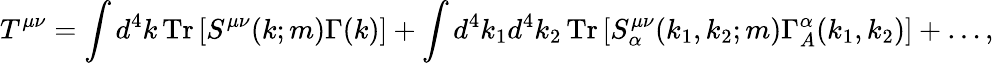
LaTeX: T^{\mu\nu}=\int d^{4}k\, {\mathrm{Tr}}\left[S^{\mu\nu}(k;m)\Gamma(k)\right]+\int d^{4}k_{1}d^{4}k_{2}\, {\mathrm{Tr}}\left[S_{\alpha}^{\mu\nu}(k_{1},k_{2};m)\Gamma_{A}^{\alpha}(k_{1},k_{2})\right]+\ldots,